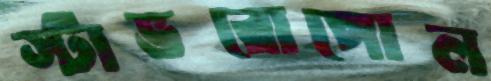
স্টাভরোপোল